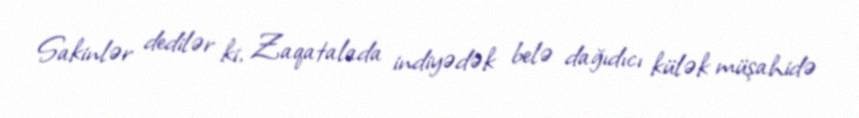
Sakinlər dedilər ki, Zaqatalada indiyədək belə dağıdıcı külək müşahidə